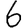
Digit: 6